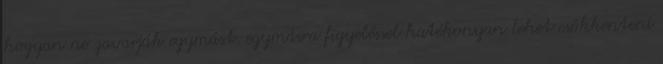
hogyan ne zavarják egymást, egymásra figyeléssel hatékonyan lehet csökkenteni